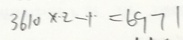
3 6 1 0 \times 2 - 1 = 6 9 7 1